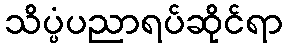
သိပ္ပံပညာရပ်ဆိုင်ရာ